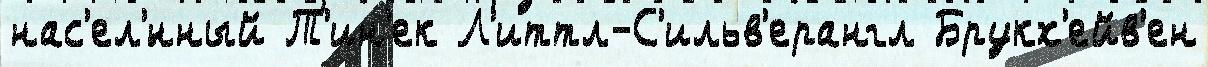
нас'ел'́нный Т'ин'ек Л'иттл-С'ильв'ерангл Брукх'ейв'ен